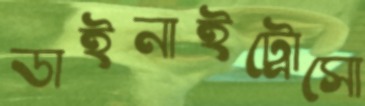
ডাইনাইট্রোসো